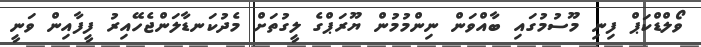
ވޯލްޑްކަޕް ފިނި މޫސުމުގައި ބާއްވަން ނިންމުމުން ޔޫރަޕްގެ ލީގުތަށް މެދުކަނޑާލަންޖެހޭއިރު ފީފާއިން ވަނީ